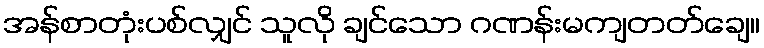
အန်စာတုံးပစ်လျှင် သူလို ချင်သော ဂဏန်းမကျတတ်ချေ။